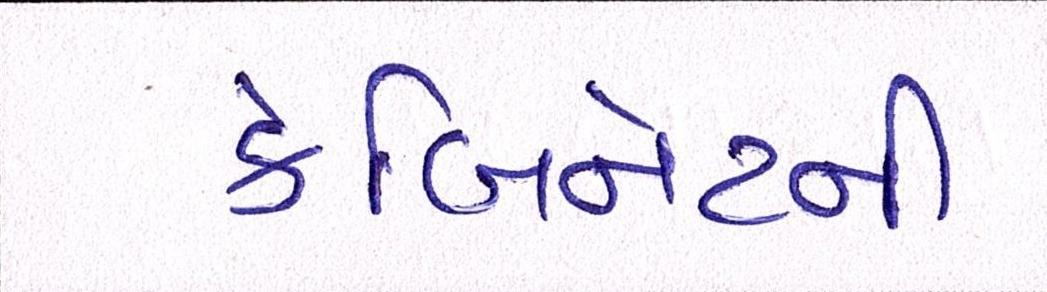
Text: કેબિનેટની